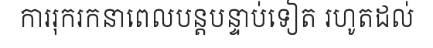
ការរុករកនាពេលបន្តបន្ទាប់ទៀត រហូតដល់